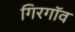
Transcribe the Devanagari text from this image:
गिरगॉव